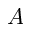
A